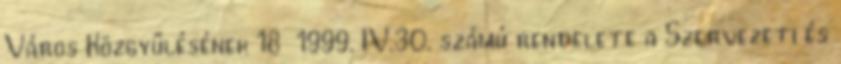
Város Közgyűlésének 18 1999. IV.30. számú rendelete a Szervezeti és